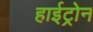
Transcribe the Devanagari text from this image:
हाईट्रोन